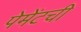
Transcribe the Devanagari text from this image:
पेमेंटची